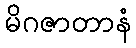
မိဂဇာတာနံ